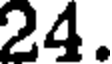
24.